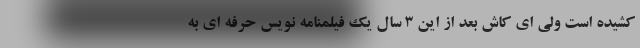
کشیده است ولی ای کاش بعد از این 3 سال یک فیلمنامه نویس حرفه ای به